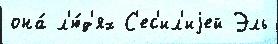
она́ л'ю́д'ях С'ес'ил'иjей Эль